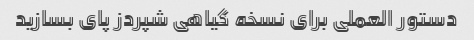
دستور العملی برای نسخه گیاهی شپردز پای بسازید